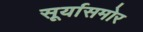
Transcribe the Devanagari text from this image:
सूर्यासमोर